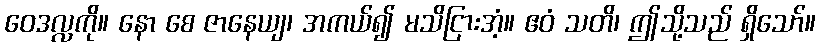
ဝေဒလ္လကို။ နော စေ ဇာနေယျ၊ အကယ်၍ မသိငြားအံ့။ ဧဝံ သတိ၊ ဤသို့သည် ရှိသော်။